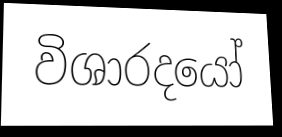
විශාරදයෝ